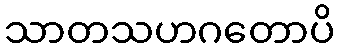
သာတသဟဂတောပိ